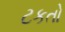
ટકતો